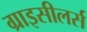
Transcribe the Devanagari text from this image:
ग्राइसीलर्स